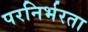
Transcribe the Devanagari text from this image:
परनिर्भरता